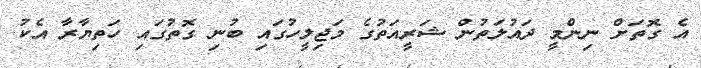
އެ ގޮތަށް ނިންމީ ދައުލަތުން ޝަރީއަތުގެ މަޖިލީހުގައި ބުނި ގޮތުގައި ހަތިޔާރާ އެކު